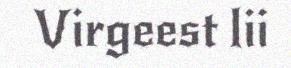
Virgeest lii